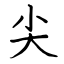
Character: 尖